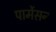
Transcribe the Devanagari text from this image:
पार्मेसन